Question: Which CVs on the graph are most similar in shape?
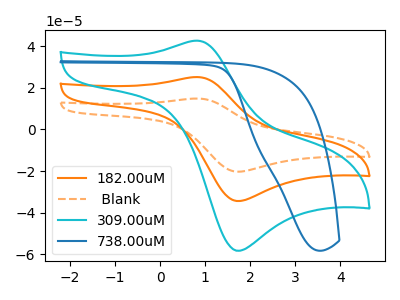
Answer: <think>The orange curve "182.00uM" has an anodic peak at (0.80V, 25.15uA) and a cathodic peak at (1.70V, -34.35uA). The orange dashed curve " Blank" has an anodic peak at (0.80V, 50.35uA) and a cathodic peak at (1.70V, -68.75uA). The cyan curve "309.00uM" has an anodic peak at (0.80V, 42.65uA) and a cathodic peak at (1.70V, -58.25uA). The blue curve "738.00uM" has no peaks.
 All the peaks in "182.00uM" have a peak in " Blank" at the same potential. Every peak in "182.00uM" is lower than every peak in " Blank". All the peaks in "182.00uM" have a peak in "309.00uM" at the same potential. Every peak in "182.00uM" is lower than every peak in "309.00uM". "182.00uM" and "738.00uM" have a different number of peaks. All the peaks in " Blank" have a peak in "309.00uM" at the same potential. Every peak in " Blank" is higher than every peak in "309.00uM". " Blank" and "738.00uM" have a different number of peaks. "309.00uM" and "738.00uM" have a different number of peaks.</think>
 <answer>"309.00uM", "182.00uM" and " Blank" have the same shape and are likely CV's of the same chemical.</answer>
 <eval>"309.00uM" "182.00uM" " Blank"</eval>